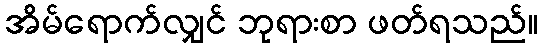
အိမ်ရောက်လျှင် ဘုရားစာ ဖတ်ရသည်။